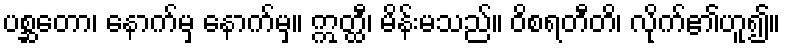
ပစ္ဆတော၊ နောက်မှ နောက်မှ။ ဣတ္ထီ၊ မိန်းမသည်။ ဝိစရတီတိ၊ လိုက်၏ဟူ၍။